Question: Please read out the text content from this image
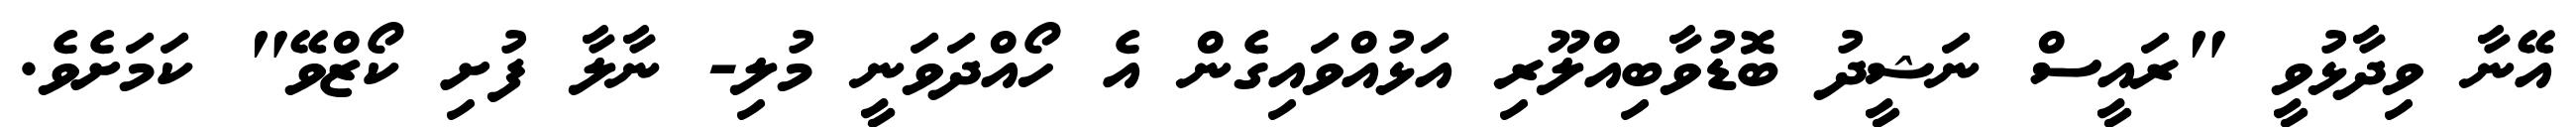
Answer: އޭނާ ވިދާޅުވީ "ރައީސް ނަޝީދު ބޮޑުވާބިއްލޫރި އަޅުއްވައިގެން އެ ހޯއްދަވަނީ މުލި- ނާލާ ފުށި ކޯޒްވޭ" ކަމަށެވެ.